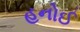
હનોઈ